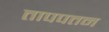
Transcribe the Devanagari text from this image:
तापपतन